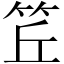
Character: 𥬨